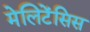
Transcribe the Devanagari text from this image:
मेलिटेंसिस